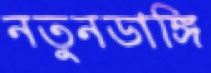
নতুনডাঙ্গি